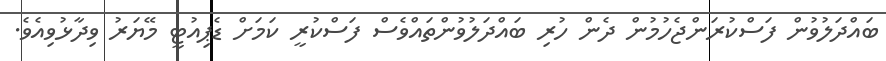
ބައްދަލުވުން ފަސްކުރަންޖެހުމުން ދެން ހުރި ބައްދަލުވުންތައްވެސް ފަސްކުރީ ކަމަށް ޑެޕިއުޓީ މޭޔަރު ވިދާޅުވިއެވެ.